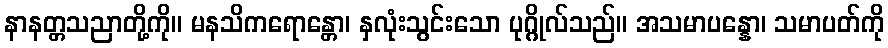
နာနတ္တသညာတို့ကို။ မနသိကရောန္တော၊ နှလုံးသွင်းသော ပုဂ္ဂိုလ်သည်။ အသမာပန္နော၊ သမာပတ်ကို